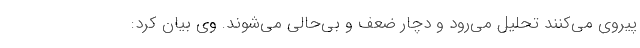
پیروی می‌کنند تحلیل می‌رود و دچار ضعف و بی‌حالی می‌شوند. وی بیان کرد: